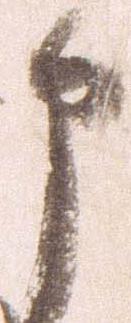
部